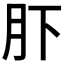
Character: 𱼂